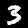
Label: 3